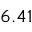
6 . 4 1